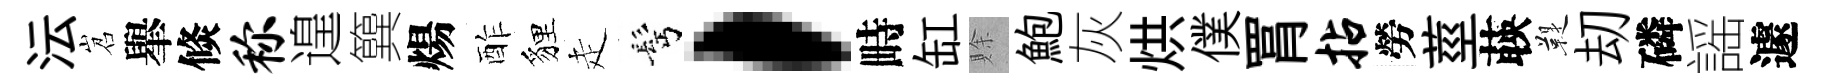
沄岧𦦙倐称遑簨煬酢貍走髩，畤缸賖鮑灰烘僕罥拈勞莖𦴤鞮刧磷謡遽